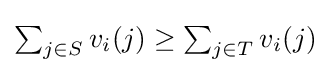
\textstyle \sum _{j\in S}v_{i}(j)\geq \textstyle \sum _{j\in T}v_{i}(j)